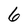
Character: 6